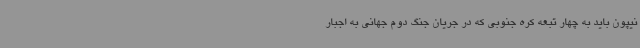
نیپون باید به چهار تبعه کره جنوبی که در جریان جنگ دوم جهانی به اجبار